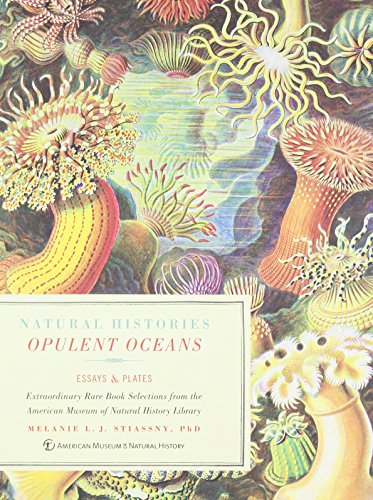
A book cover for Opulent Oceans: Extraordinary Rare Book Selections from the American Museum of Natural History Library (Natural Histories); Melanie L.J. Stiassny; Science & Math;